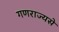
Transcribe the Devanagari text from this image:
गणराज्यसे